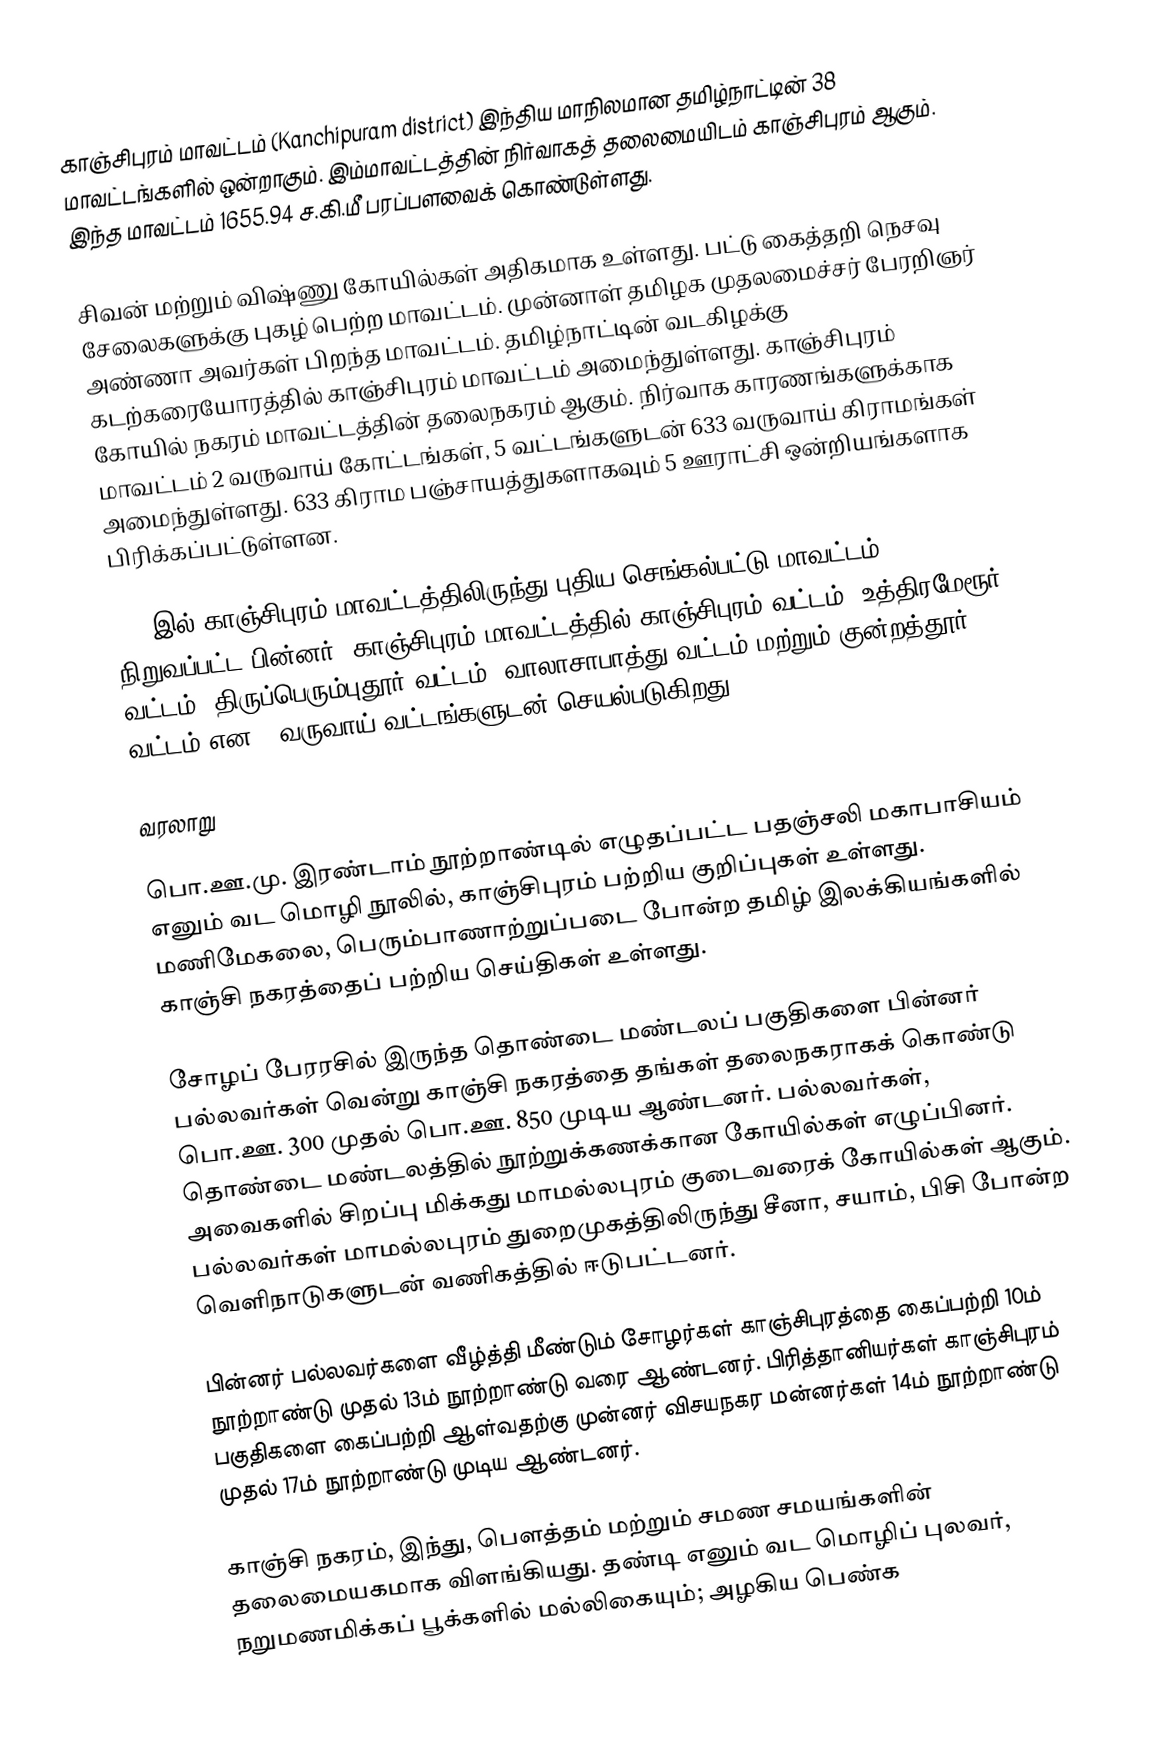
காஞ்சிபுரம் மாவட்டம் (Kanchipuram district) இந்திய மாநிலமான தமிழ்நாட்டின் 38 மாவட்டங்களில் ஒன்றாகும். இம்மாவட்டத்தின் நிர்வாகத் தலைமையிடம் காஞ்சிபுரம் ஆகும். இந்த மாவட்டம் 1655.94 ச.கி.மீ பரப்பளவைக் கொண்டுள்ளது.

சிவன் மற்றும் விஷ்ணு கோயில்கள் அதிகமாக உள்ளது. பட்டு கைத்தறி நெசவு சேலைகளுக்கு புகழ் பெற்ற மாவட்டம். முன்னாள் தமிழக முதலமைச்சர் பேரறிஞர் அண்ணா அவர்கள் பிறந்த மாவட்டம். தமிழ்நாட்டின் வடகிழக்கு கடற்கரையோரத்தில் காஞ்சிபுரம் மாவட்டம் அமைந்துள்ளது. காஞ்சிபுரம் கோயில் நகரம் மாவட்டத்தின் தலைநகரம் ஆகும். நிர்வாக காரணங்களுக்காக மாவட்டம் 2 வருவாய் கோட்டங்கள், 5 வட்டங்களுடன் 633 வருவாய் கிராமங்கள் அமைந்துள்ளது. 633 கிராம பஞ்சாயத்துகளாகவும் 5 ஊராட்சி ஒன்றியங்களாக பிரிக்கப்பட்டுள்ளன.

2019இல் காஞ்சிபுரம் மாவட்டத்திலிருந்து புதிய செங்கல்பட்டு மாவட்டம் நிறுவப்பட்ட பின்னர், காஞ்சிபுரம் மாவட்டத்தில் காஞ்சிபுரம் வட்டம், உத்திரமேரூர் வட்டம், திருப்பெரும்புதூர் வட்டம், வாலாசாபாத்து வட்டம் மற்றும்  குன்றத்தூர் வட்டம் என 5 வருவாய் வட்டங்களுடன் செயல்படுகிறது.

வரலாறு

பொ.ஊ.மு. இரண்டாம் நூற்றாண்டில் எழுதப்பட்ட பதஞ்சலி மகாபாசியம் எனும் வட மொழி நூலில், காஞ்சிபுரம் பற்றிய குறிப்புகள் உள்ளது. மணிமேகலை, பெரும்பாணாற்றுப்படை போன்ற தமிழ் இலக்கியங்களில் காஞ்சி நகரத்தைப் பற்றிய செய்திகள் உள்ளது.

சோழப் பேரரசில் இருந்த தொண்டை மண்டலப் பகுதிகளை பின்னர் பல்லவர்கள் வென்று காஞ்சி நகரத்தை தங்கள் தலைநகராகக் கொண்டு பொ.ஊ. 300 முதல் பொ.ஊ. 850 முடிய ஆண்டனர். பல்லவர்கள், தொண்டை மண்டலத்தில் நூற்றுக்கணக்கான கோயில்கள் எழுப்பினர். அவைகளில் சிறப்பு மிக்கது மாமல்லபுரம் குடைவரைக் கோயில்கள் ஆகும்.  பல்லவர்கள் மாமல்லபுரம் துறைமுகத்திலிருந்து சீனா, சயாம், பிசி போன்ற வெளிநாடுகளுடன் வணிகத்தில் ஈடுபட்டனர்.

பின்னர் பல்லவர்களை வீழ்த்தி மீண்டும் சோழர்கள் காஞ்சிபுரத்தை கைப்பற்றி 10ம் நூற்றாண்டு முதல் 13ம் நூற்றாண்டு வரை  ஆண்டனர்.  பிரித்தானியர்கள் காஞ்சிபுரம் பகுதிகளை கைப்பற்றி ஆள்வதற்கு முன்னர் விசயநகர மன்னர்கள் 14ம் நூற்றாண்டு முதல் 17ம் நூற்றாண்டு முடிய ஆண்டனர்.

காஞ்சி நகரம், இந்து, பௌத்தம் மற்றும் சமண சமயங்களின் தலைமையகமாக விளங்கியது. தண்டி எனும் வட மொழிப்  புலவர்,  நறுமணமிக்கப் பூக்களில் மல்லிகையும்; அழகிய பெண்க